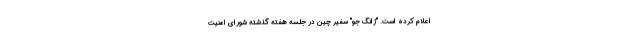
اعلام کرده است. "ژانگ جو" سفیر چین در جلسه هفته گذشته شورای امنیت